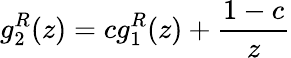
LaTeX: g_{2}^{R}(z)=cg_{1}^{R}(z)+\frac{1-c}{z}